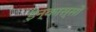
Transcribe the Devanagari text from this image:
इन्कास्सो